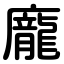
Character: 龐